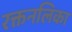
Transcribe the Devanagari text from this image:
रक्तनलिका